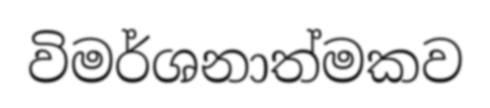
විමර්ශනාත්මකව